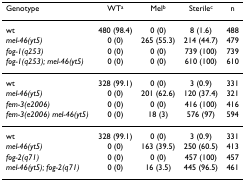
<table><thead><tr><td><b>Genotype</b></td><td><b>WT<sup>a</sup></b></td><td><b>Mel<sup>b</sup></b></td><td><b>Sterile<sup>c</sup></b></td><td><b>n</b></td></tr></thead><tbody><tr><td>wt</td><td>480 (98.4)</td><td>0 (0)</td><td>8 (1.6)</td><td>488</td></tr><tr><td><i>mel-46(yt5)</i></td><td>0 (0)</td><td>265 (55.3)</td><td>214 (44.7)</td><td>479</td></tr><tr><td><i>fog-1(q253)</i></td><td>0 (0)</td><td>0 (0)</td><td>739 (100)</td><td>739</td></tr><tr><td><i>fog-1(q253); mel-46(yt5)</i></td><td>0 (0)</td><td>0 (0)</td><td>610 (100)</td><td>610</td></tr><tr><td>wt</td><td>328 (99.1)</td><td>0 (0)</td><td>3 (0.9)</td><td>331</td></tr><tr><td><i>mel-46(yt5)</i></td><td>0 (0)</td><td>201 (62.6)</td><td>120 (37.4)</td><td>321</td></tr><tr><td><i>fem-3(e2006)</i></td><td>0 (0)</td><td>0 (0)</td><td>416 (100)</td><td>416</td></tr><tr><td><i>fem-3(e2006) mel-46(yt5)</i></td><td>0 (0)</td><td>18 (3)</td><td>576 (97)</td><td>594</td></tr><tr><td>wt</td><td>328 (99.1)</td><td>0 (0)</td><td>3 (0.9)</td><td>331</td></tr><tr><td><i>mel-46(yt5)</i></td><td>0 (0)</td><td>163 (39.5)</td><td>250 (60.5)</td><td>413</td></tr><tr><td><i>fog-2(q71)</i></td><td>0 (0)</td><td>0 (0)</td><td>457 (100)</td><td>457</td></tr><tr><td><i>mel-46(yt5); fog-2(q71)</i></td><td>0 (0)</td><td>16 (3.5)</td><td>445 (96.5)</td><td>461</td></tr></tbody></table>